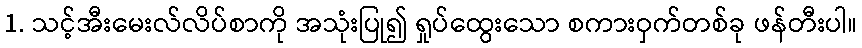
1. သင့်အီးမေးလ်လိပ်စာကို အသုံးပြု၍ ရှုပ်ထွေးသော စကားဝှက်တစ်ခု ဖန်တီးပါ။